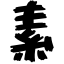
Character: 素